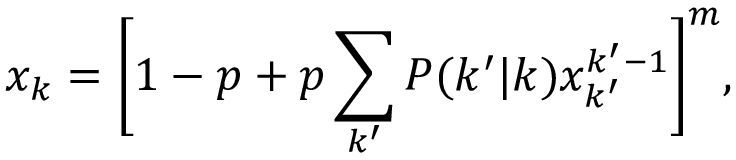
x _ { k } = \bigg [ 1 - p + p \sum _ { k ^ { \prime } } P ( k ^ { \prime } | k ) x _ { k ^ { \prime } } ^ { k ^ { \prime } - 1 } \bigg ] ^ { m } ,